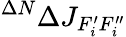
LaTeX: ^{\Delta N}\Delta J_{F_{i}^{\prime}F_{i}^{\prime\prime}}